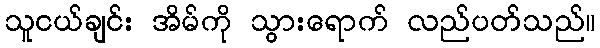
သူငယ်ချင်း အိမ်ကို သွားရောက် လည်ပတ်သည်။